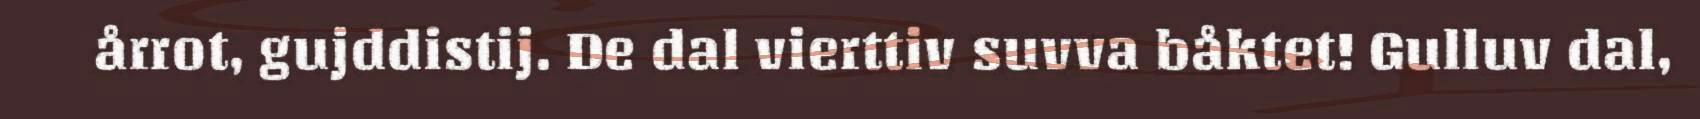
årrot, gujddistij. De dal vierttiv suvva båktet! Gulluv dal,